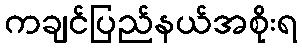
ကချင်ပြည်နယ်အစိုးရ